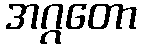
အဂ္ဂတော